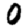
Digit: 0